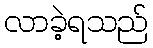
လာခဲ့ရသည်